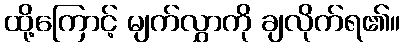
ထို့ကြောင့် မျက်လွှာကို ချလိုက်ရ၏။